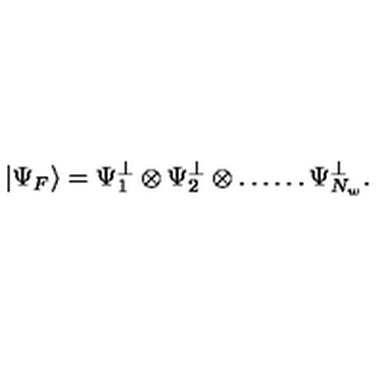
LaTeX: \left| \Psi _ { F } \right\rangle = \Psi _ { 1 } ^ { \perp } \otimes \Psi _ { 2 } ^ { \perp } \otimes \ldots \ldots \Psi _ { N _ { w } } ^ { \perp } .